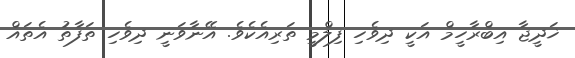
ޚަދީޖާ އިބްރާހީމް އަކީ ދިވެހި ފިލްމީ ތަރިއެކެވެ. އޭނާވަނީ ދިވެހި ތަފާތު އެތައް